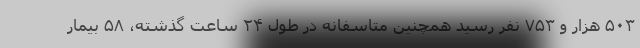
۵۰۳ هزار و ۷۵۳ نفر رسید همچنین متاسفانه در طول ۲۴ ساعت گذشته، ۵۸ بیمار